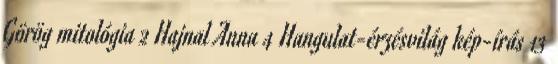
Görög mitológia 2 Hajnal Anna 4 Hangulat-érzésvilág kép-írás 13